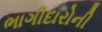
ભાગીદારોની